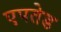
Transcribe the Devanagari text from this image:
एपतेड